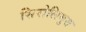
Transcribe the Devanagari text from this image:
सिरोलिमुस